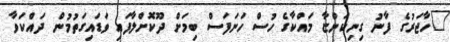
"ހާޖަރުގެ ފާނު ގިނިކަންޏާ މައްކާގެ ހުސް ހަނަފަސް ބިމަށް ދޫކޮށްލާފައި ވަޑައިގަތުމުން ދައްކަވާ